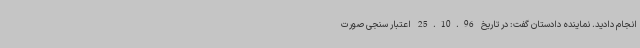
انجام دادید. نماینده دادستان گفت: در تاریخ 25.10.96 اعتبار سنجی صورت